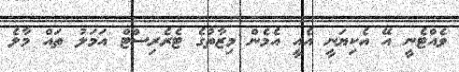
ވެއްޓެނީ އޭ އެކިޔަނީ އެއީ އެމެން މިޒާތުގެ ޓެރެރިސްޓް އަމަލު ތައް މާލެ